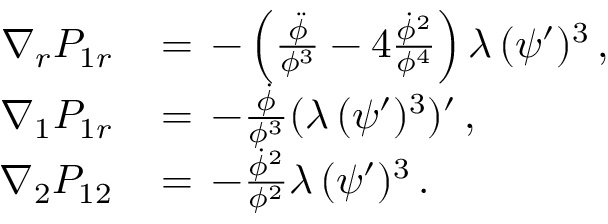
\begin{array} { r l } { \nabla _ { r } P _ { 1 r } \, } & { = \, - \left( \frac { \ddot { \phi } } { \phi ^ { 3 } } - 4 \frac { \dot { \phi } ^ { 2 } } { \phi ^ { 4 } } \right) \lambda \, ( \psi ^ { \prime } ) ^ { 3 } \, , } \\ { \nabla _ { 1 } P _ { 1 r } \, } & { = \, - \frac { \dot { \phi } } { \phi ^ { 3 } } ( \lambda \, ( \psi ^ { \prime } ) ^ { 3 } ) ^ { \prime } \, , } \\ { \nabla _ { 2 } P _ { 1 2 } \, } & { = \, - \frac { \dot { \phi } ^ { 2 } } { \phi ^ { 2 } } \lambda \, ( \psi ^ { \prime } ) ^ { 3 } \, . } \end{array}